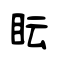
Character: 眃